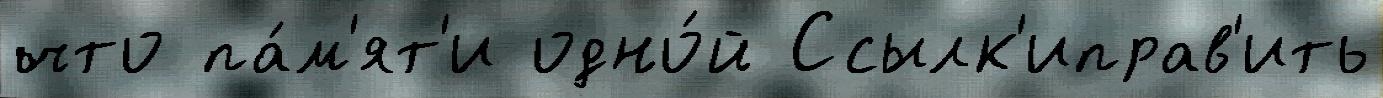
что па́м'ят'и одно́й Ссылк'иправ'ить